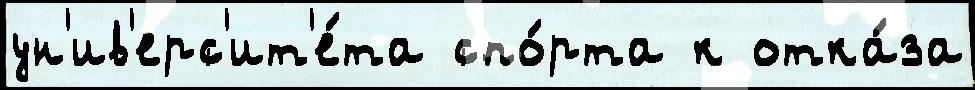
ун'ив'ерс'ит'е́та спо́рта к отка́за